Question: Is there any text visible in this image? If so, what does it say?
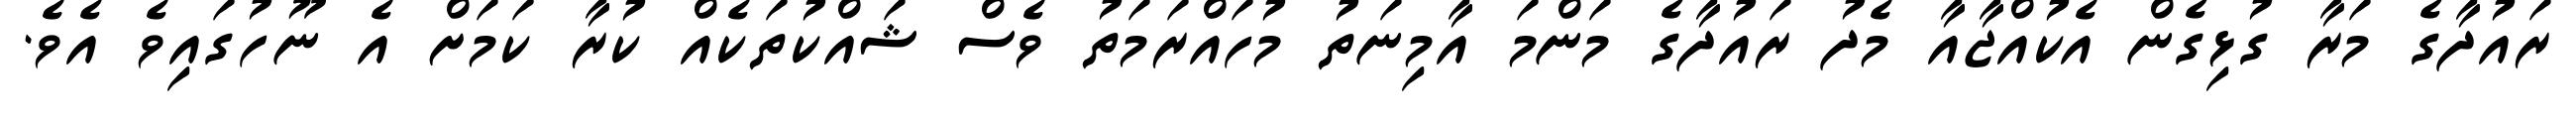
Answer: ރައުދާގެ މަރާ ގުޅިގެން އެކުއްޖާއާ މެދު ރައުދާގެ މަންމަ އާމިނަތު މުހައްރަމަތު ވެސް ޝައްކުތަކެއް ކުރާ ކަމަށް އެ ނޫހުގައިވެ އެވެ.